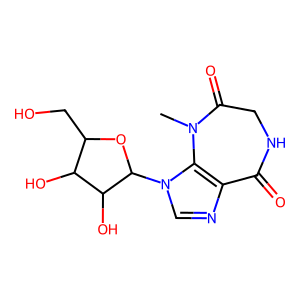
SMILES: CN1C(=O)CNC(=O)c2ncn(C3OC(CO)C(O)C3O)c21
Inhibits HIV replication: No